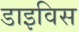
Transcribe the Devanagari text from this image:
डाइविस